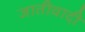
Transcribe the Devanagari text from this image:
जातीवादी